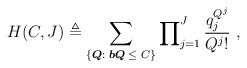
\begin{align*}H(C,J) \triangleq \sum_{\left\{ {\boldsymbol{Q}:\;{\boldsymbol b}\boldsymbol{Q}\; \leq\; C} \right\}}{\prod\nolimits_{j = 1}^J {\frac{{q_j^{{Q^j}}}}{{{Q^j}!}}} } \centering\ ,\end{align*}